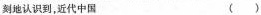
刻地认识到，近代中国 ( )